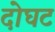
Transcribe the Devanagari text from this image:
दोघट